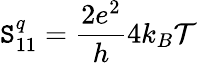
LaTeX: \mathtt{S}_{11}^{q}=\frac{{2e^{2}}}{{h}}4k_{B}\mathcal{{T}}